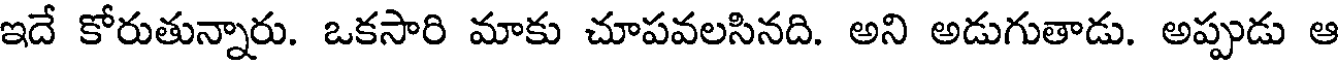
ఇదే కోరుతున్నారు. ఒకసారి మాకు చూపవలసినది. అని అడుగుతాడు. అప్పుడు ఆ